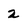
Character: 2